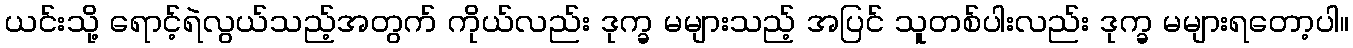
ယင်းသို့ ရောင့်ရဲလွယ်သည့်အတွက် ကိုယ်လည်း ဒုက္ခ မများသည့် အပြင် သူတစ်ပါးလည်း ဒုက္ခ မများရတော့ပါ။